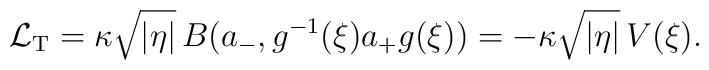
\mathcal L_{\mathrm T} = \kappa \sqrt{|\eta|} \, B(a_-, g^{-1}(\xi)a_+ g(\xi)) = - \kappa \sqrt{|\eta|} \, V(\xi).